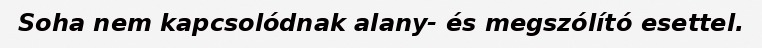
Soha nem kapcsolódnak alany- és megszólító esettel.